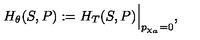
H _ { \theta } ( S , P ) : = H _ { T } ( S , P ) \Bigl \vert _ { p _ { \chi _ { a } } = 0 } ,